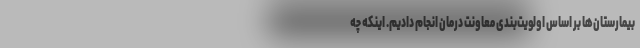
بیمارستان‌ها بر اساس اولویت‌بندی معاونت درمان انجام دادیم. اینکه چه